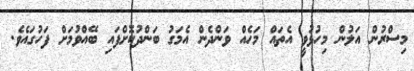
މިސްރުން އަލުން މިހުޅުވީ އެތައް މަހެއް ވަންދެން އެމަގު ބަންދުކޮށްފައި ބޭއްވުމަށް ފަހުގައެވެ.